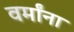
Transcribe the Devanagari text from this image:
वर्मांना